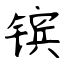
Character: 镔